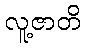
လူ့ဇာတိ